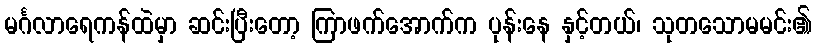
မင်္ဂလာရေကန်ထဲမှာ ဆင်းပြီးတော့ ကြာဖက်အောက်က ပုန်းနေ နှင့်တယ်၊ သုတသောမမင်း၏